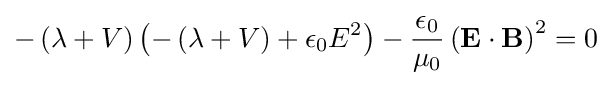
-\left(\lambda +V\right)\left(-\left(\lambda +V\right)+\epsilon _{0}E^{2}\right)-{\frac {\epsilon _{0}}{\mu _{0}}}\left(\mathbf {E} \cdot \mathbf {B} \right)^{2}=0